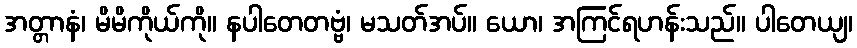
အတ္တာနံ၊ မိမိကိုယ်ကို။ နပါတေတဗ္ဗံ၊ မသတ်အပ်။ ယော၊ အကြင်ရဟန်းသည်။ ပါတေယျ၊